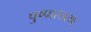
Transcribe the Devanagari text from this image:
पुष्पास्तरण